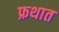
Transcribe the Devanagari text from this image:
फ्रथात